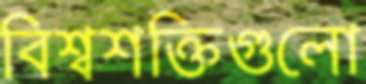
বিশ্বশক্তিগুলো